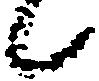
候